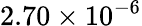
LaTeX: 2.70\times 10^{-6}